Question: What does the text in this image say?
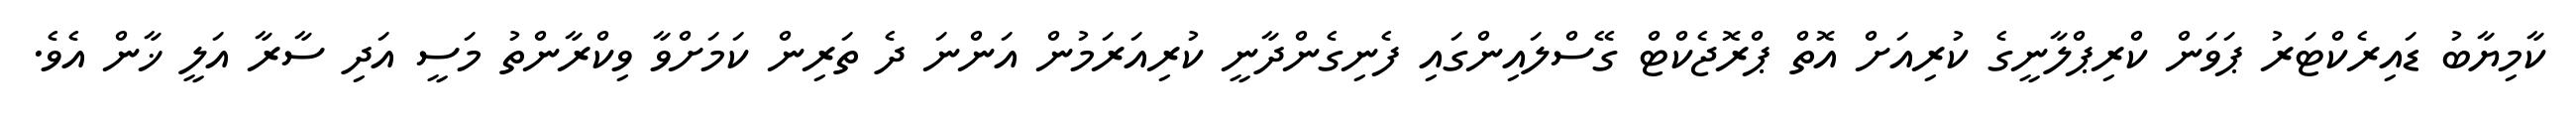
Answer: ކާމިޔާބު ޑައިރެކްޓަރު ޕަވަން ކްރިޕްލާނީގެ ކުރިއަށް އޮތް ޕްރޮޖެކްޓް ގޭސްލައިންގައި ފެނިގެންދާނީ ކުރިއަރަމުން އަންނަ ދެ ތަރިން ކަމަށްވާ ވިކްރާންތު މަސީ އަދި ސާރާ އަލީ ޚާން އެވެ.